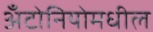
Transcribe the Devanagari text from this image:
अँटोनियोमधील